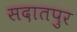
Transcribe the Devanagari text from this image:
सदातपुर